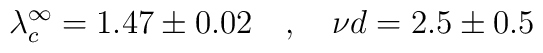
\lambda_c^\infty = 1.47 \pm 0.02 \ \ \ , \ \ \  {{\nu}d} =  2.5 \pm 0.5